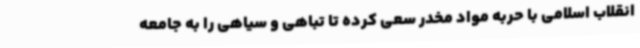
انقلاب اسلامی با حربه مواد مخدر سعی کرده تا تباهی و سیاهی را به جامعه